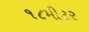
૧૮મીટર